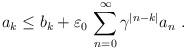
LaTeX: \begin{align*}a_k\le b_k+\varepsilon_0\,\sum_{n=0}^{\infty}\gamma^{|n-k|} a_n\ .\end{align*}